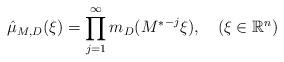
LaTeX: \begin{align*}\hat{\mu}_{M,D}(\xi)=\prod_{j=1}^\infty m_D({M^{*}}^{-j}\xi), \ \ \ (\xi\in\mathbb{R}^n)\end{align*}